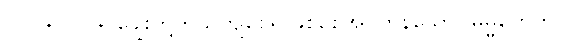
၁၁၀+၁၁၁+ ချွေးတို့ကိုယိုကျစေ၍ဖြစ်စေအပ်ကုန်သော။ ဓမ္မိကေဟိ၊